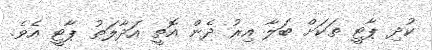
ކުދި ޕާޓީ ތަކަށް ބަލާ އިރު ދެން އޮތީ އަދާލަތު ޕާޓީ އެވެ.